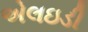
એલઇડી